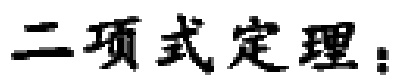
二项式定理：